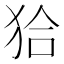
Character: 𤝰